Report of the King Institute of Preventive Medicine, Guindy
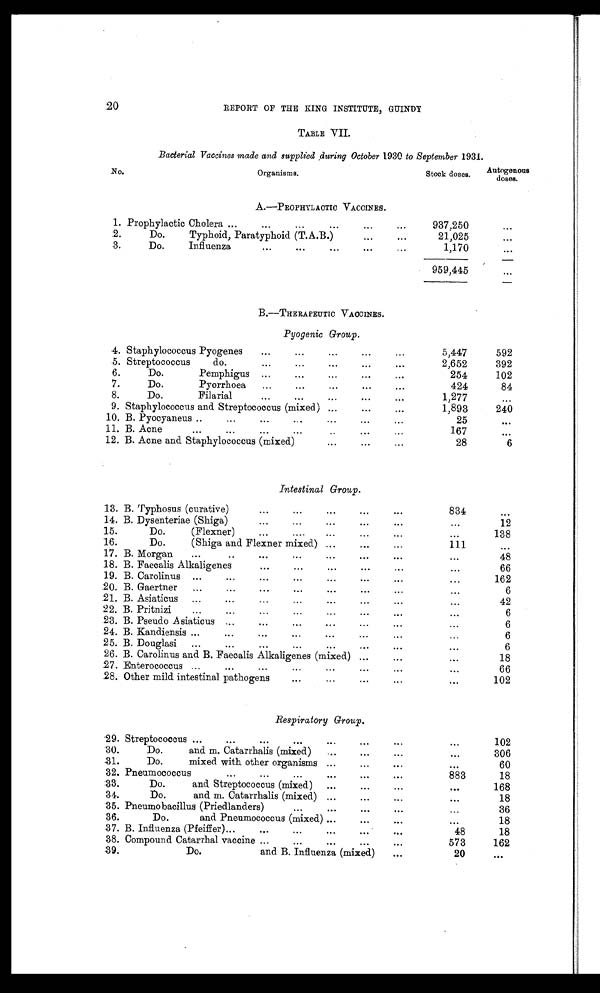
20
REPORT OF THE KING INSTITUTE, GUINDY
TABLE VII.
Bacterial Vaccines made and supplied during October 1930 to September 1931.
No.
Organisms.
Stock doses.
Autogenous doses.
1 .
Prophylactic Cholera
937,250
2 .
Do. Typhoid, Paratyphoid (T.A.B.)
21,025
3 .
Do. Influenza
1,170
959,445
4 . Staphylococcus Pyogenes
5,447
592
5 . Streptococcus do.
2,652
392
6 .
Do. Pemphigus
254
102
7 .
Do. Pyorrhoea
424
84
8 .
Do. Filarial
1,277
9 . Staphylococcus and Streptococcus (mixed)
1,893
240
1 0 . B. Pyocyaneus
25
1 1 . B.Acne
167
1 2 . B. Acne and Staphylococcus (mixed)
28
6
1 3 .
834
1 4 .
12
1 5 .
138
1 6 .
111
1 7 .
48
1 8 .
66
19.
162
20.
6
2 1 .
42
2 2 .
6
2 3 .
6
2 4 .
6
2 5 .
6
2 6 .
18
2 7 .
66
2 8 .
1 0 2
2 9 . Streptococcus
102
3 0 .
Do. and m. Catarrhalis (mixed)
306
31.
Do. mixed with other organisms
60
3 2 . Pneumococcus
883
18
3 3 .
Do. and Streptococcus (mixed)
168
3 4 .
Do. and m. Catarrhalis (mixed)
18
3 5 . Pneumobacillus (Priedlanders)
36
3 6 .
Do. and Pneumococcus (mixed)
18
3 7 . B. Influenza (Pfeiffer)
48
18
3 8 . Compound Catarrhal vaccine
573
162